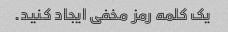
یک کلمه رمز مخفی ایجاد کنید.